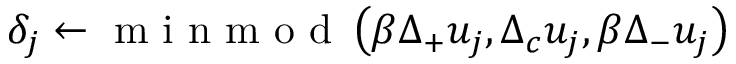
\delta _ { j } \gets \mathrm { ~ m ~ i ~ n ~ m ~ o ~ d ~ } \left( \beta \Delta _ { + } u _ { j } , \Delta _ { c } u _ { j } , \beta \Delta _ { - } u _ { j } \right)